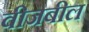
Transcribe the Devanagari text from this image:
वीजबील